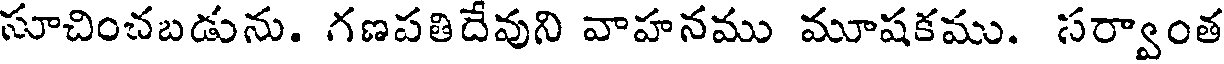
సూచించబడును. గణపతిదేవుని వాహనము మూషకము. సర్వాంత